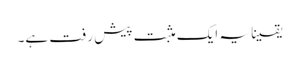
یقینا یہ ایک مثبت پیش رفت ہے۔